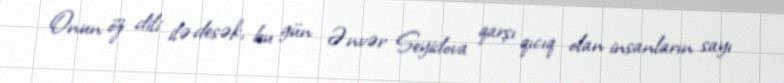
Onun öz dili ilə desək, bu gün Ənvər Seyidova qarşı qıcıq olan insanların sayı